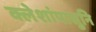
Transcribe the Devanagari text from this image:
क्लेशांपासुनि